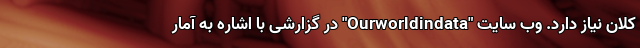
کلان نیاز دارد. وب سایت "Ourworldindata" در گزارشی با اشاره به آمار